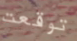
توقعت